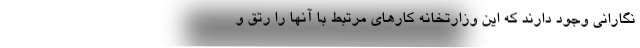
نگارانی وجود دارند که این وزارتخانه کارهای مرتبط با آنها را رتق و